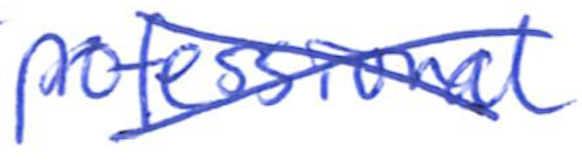
Text: professional
Cross-out: mix
Writing tool: ballpoint